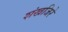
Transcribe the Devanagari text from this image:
शंखजिरे